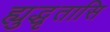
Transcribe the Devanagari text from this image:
ह्युद्धृतासि